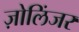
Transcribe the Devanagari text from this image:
ज़ोलिंजर